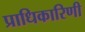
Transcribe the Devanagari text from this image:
प्राधिकारिणी